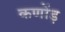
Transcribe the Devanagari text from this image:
कणोंड़